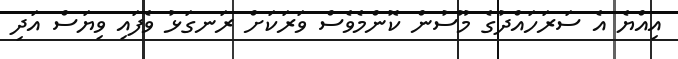
އިއްޔެ އެ ސަރަހައްދުގެ މޫސުން ކޮންމެވެސް ވަރަކަށް ރަނގަޅު ވެފައި ވިޔަސް އަދި